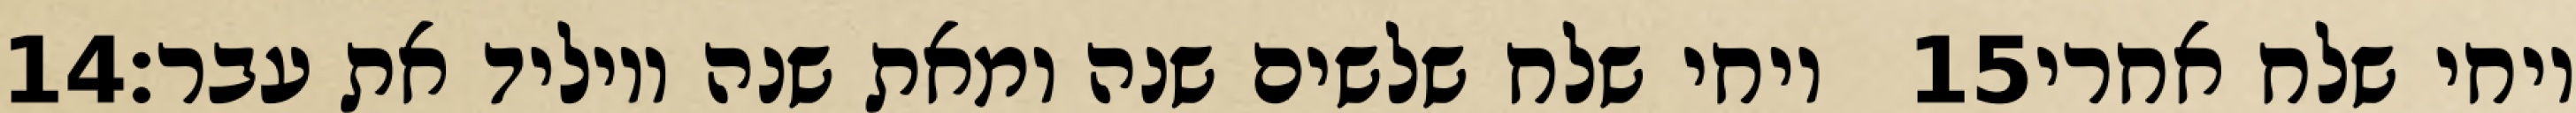
‎14‏ ויחי שלח שלשים שנה ומאת שנה ויוליד את עבר׃ ‎15‏ ויחי שלח אחרי